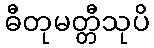
ဓီတုမတ္တီသုပိ